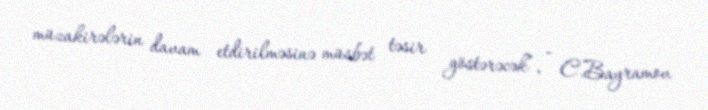
müzakirələrin davam etdirilməsinə müsbət təsir göstərəcək”, - C.Bayramov